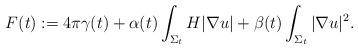
LaTeX: \begin{align*} F(t):= 4 \pi \gamma(t) + \alpha(t) \int_{\Sigma_t} H |\nabla u| + \beta(t) \int_{\Sigma_t} |\nabla u|^2 .\end{align*}